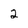
Character: 2